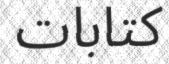
كتابات